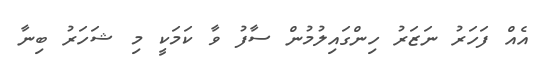
އެއް ފަހަރު ނަޒަރު ހިންގައިލުމުން ސާފު ވާ ކަމަކީ މި ޝަހަރު ބިނާ